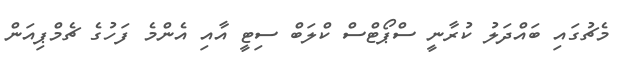
މެޗުގައި ބައްދަލު ކުރާނީ ސްޕޯޓްސް ކްލަބް ސިޓީ އާއި އެންމެ ފަހުގެ ޗެމްޕިއަން